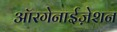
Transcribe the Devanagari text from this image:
ऑरगेनाईज़ेशन